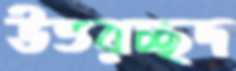
উত্তরচ্ছদ